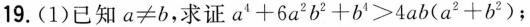
19. ( 1 ) 已知$$a ≠ b$$,求证$$ a^{ 4 } + 6 a^{ 2 } b^{ 2 } + b^{ 4 } > 4 a b (a^{ 2 } + b^{ 2 }) ;